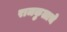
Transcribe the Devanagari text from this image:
राजकुलाचे